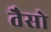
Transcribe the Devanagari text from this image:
तैसो